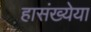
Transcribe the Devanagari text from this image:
हासंख्येया